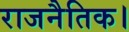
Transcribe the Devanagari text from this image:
राजनैतिक।